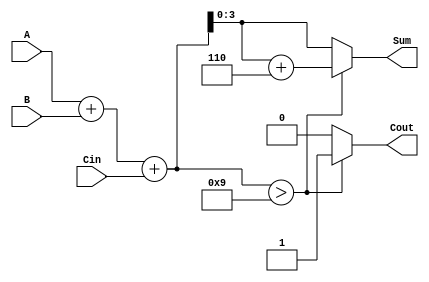
module BCD_Async_Adder (
    input [3:0] A,        // First BCD digit
    input [3:0] B,        // Second BCD digit
    input Cin,            // Carry input
    output reg [3:0] Sum, // BCD result
    output reg Cout       // Carry output
);

    reg [4:0] S;          // 5-bit sum to include carry

    always @(*) begin
        // Step 1: Binary addition of A, B, and Cin
        S = A + B + Cin;

        // Step 2: Check for BCD correction
        if (S > 9) begin
            // Apply correction by adding 6
            Sum = S + 6;
            Cout = 1; // Indicate carry out
        end else begin
            Sum = S[3:0]; // Valid BCD, no correction needed
            Cout = 0;     // No carry out
        end
    end

endmodule